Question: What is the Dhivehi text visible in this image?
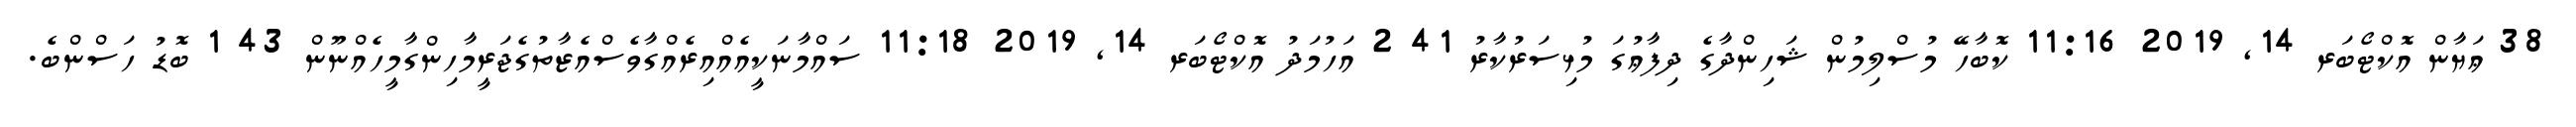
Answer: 38 ޢަޔާން އޮކްޓޯބަރ 14, 2019 11:16 ކޮބާހޭ މުސްލިމުން ޝަހިންދާގެ ދިފާޢުގަ މުޅިސަރުކާރު 41 2 އަހުމަދު އޮކްޓޯބަރ 14, 2019 11:18 ސައްމާނަކީއެއްއިރެއްގާވެސްއެޒާތުގެޖަރީމާހިންގާމީހެއްނޫން 43 1 ބޮޑު ހަސްންބެ.